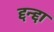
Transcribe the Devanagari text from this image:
द्दन्द्दा